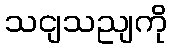
သငျသညျကို